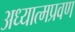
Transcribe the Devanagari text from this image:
अध्यात्मप्रवण